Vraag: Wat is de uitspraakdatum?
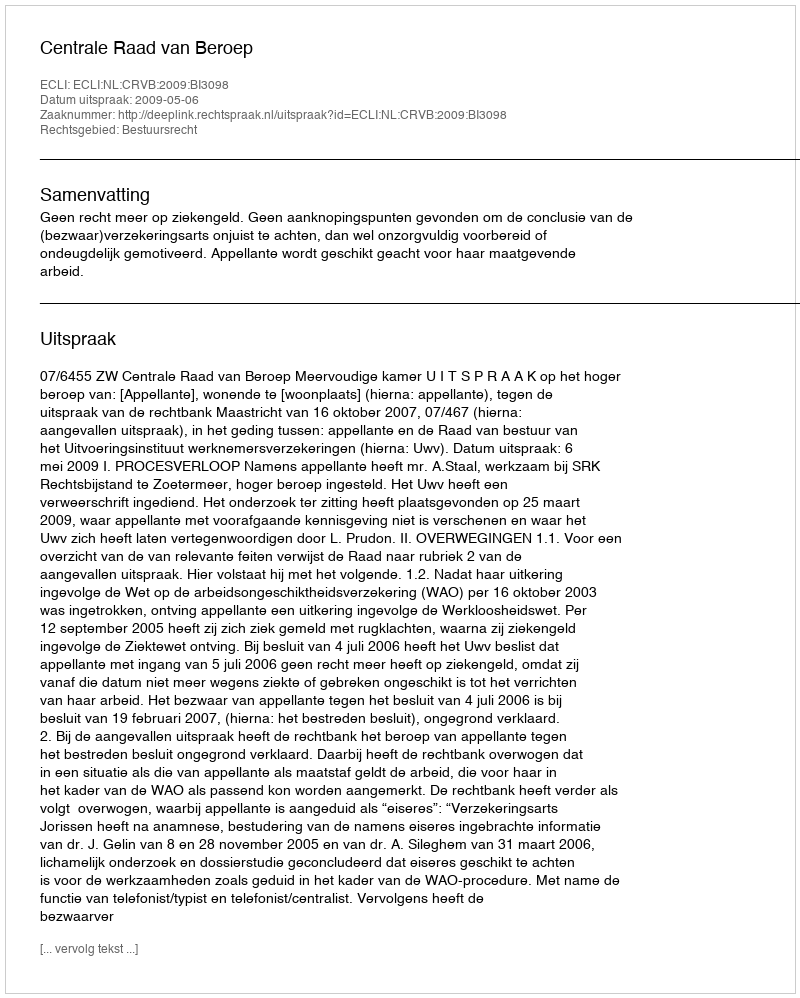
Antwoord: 2009-05-06